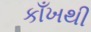
કાઁખથી